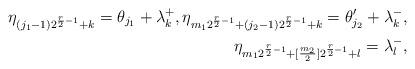
LaTeX: \begin{align*} \eta_{(j_1-1)2^{{r\over 2}-1}+k}= \theta_{j_1} + \lambda_k^+, \eta_{m_12^{{r\over 2}-1}+(j_2-1)2^{{r\over 2}-1}+k}= \theta_{j_2}' + \lambda_k^-, \\ \eta_{m_12^{{r\over 2}-1}+[{m_2\over2}]2^{{r\over 2}-1}+l}= \lambda_l^- ,\end{align*}